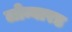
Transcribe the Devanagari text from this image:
लोम्बारड